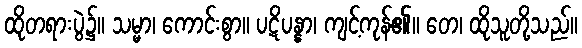
ထိုတရားပွဲ၌။ သမ္မာ၊ ကောင်းစွာ။ ပဋိပန္နာ၊ ကျင့်ကုန်၏။ တေ၊ ထိုသူတို့သည်။